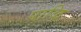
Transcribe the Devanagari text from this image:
पाळि